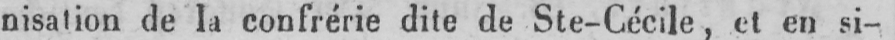
nisation de la confrérie dite de Ste-Cécile, et en si-